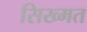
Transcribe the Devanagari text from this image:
सिख्मत